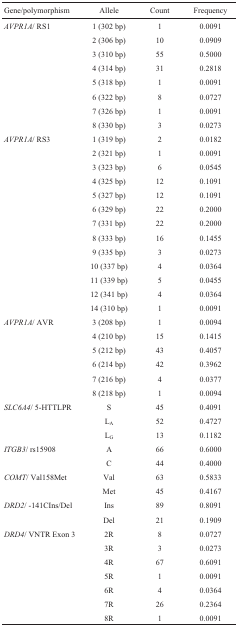
<table><thead><tr><td><b>Gene/polymorphism</b></td><td><b>Allele</b></td><td><b>Count</b></td><td><b>Frequency</b></td></tr></thead><tbody><tr><td><i>AVPR1A</i>/ RS1</td><td>1 (302 bp)</td><td>1</td><td>0.0091</td></tr><tr><td></td><td>2 (306 bp)</td><td>10</td><td>0.0909</td></tr><tr><td></td><td>3 (310 bp)</td><td>55</td><td>0.5000</td></tr><tr><td></td><td>4 (314 bp)</td><td>31</td><td>0.2818</td></tr><tr><td></td><td>5 (318 bp)</td><td>1</td><td>0.0091</td></tr><tr><td></td><td>6 (322 bp)</td><td>8</td><td>0.0727</td></tr><tr><td></td><td>7 (326 bp)</td><td>1</td><td>0.0091</td></tr><tr><td></td><td>8 (330 bp)</td><td>3</td><td>0.0273</td></tr><tr><td><i>AVPR1A</i>/ RS3</td><td>1 (319 bp)</td><td>2</td><td>0.0182</td></tr><tr><td></td><td>2 (321 bp)</td><td>1</td><td>0.0091</td></tr><tr><td></td><td>3 (323 bp)</td><td>6</td><td>0.0545</td></tr><tr><td></td><td>4 (325 bp)</td><td>12</td><td>0.1091</td></tr><tr><td></td><td>5 (327 bp)</td><td>12</td><td>0.1091</td></tr><tr><td></td><td>6 (329 bp)</td><td>22</td><td>0.2000</td></tr><tr><td></td><td>7 (331 bp)</td><td>22</td><td>0.2000</td></tr><tr><td></td><td>8 (333 bp)</td><td>16</td><td>0.1455</td></tr><tr><td></td><td>9 (335 bp)</td><td>3</td><td>0.0273</td></tr><tr><td></td><td>10 (337 bp)</td><td>4</td><td>0.0364</td></tr><tr><td></td><td>11 (339 bp)</td><td>5</td><td>0.0455</td></tr><tr><td></td><td>12 (341 bp)</td><td>4</td><td>0.0364</td></tr><tr><td></td><td>14 (310 bp)</td><td>1</td><td>0.0091</td></tr><tr><td><i>AVPR1A</i>/ AVR</td><td>3 (208 bp)</td><td>1</td><td>0.0094</td></tr><tr><td></td><td>4 (210 bp)</td><td>15</td><td>0.1415</td></tr><tr><td></td><td>5 (212 bp)</td><td>43</td><td>0.4057</td></tr><tr><td></td><td>6 (214 bp)</td><td>42</td><td>0.3962</td></tr><tr><td></td><td>7 (216 bp)</td><td>4</td><td>0.0377</td></tr><tr><td></td><td>8 (218 bp)</td><td>1</td><td>0.0094</td></tr><tr><td><i>SLC6A4</i>/ 5-HTTLPR</td><td>S</td><td>45</td><td>0.4091</td></tr><tr><td></td><td>L<sub>A</sub></td><td>52</td><td>0.4727</td></tr><tr><td></td><td>L<sub>G</sub></td><td>13</td><td>0.1182</td></tr><tr><td><i>ITGB3</i>/ rs15908</td><td>A</td><td>66</td><td>0.6000</td></tr><tr><td></td><td>C</td><td>44</td><td>0.4000</td></tr><tr><td><i>COMT</i>/ Val158Met</td><td>Val</td><td>63</td><td>0.5833</td></tr><tr><td></td><td>Met</td><td>45</td><td>0.4167</td></tr><tr><td><i>DRD2</i>/ −141CIns/Del</td><td>Ins</td><td>89</td><td>0.8091</td></tr><tr><td></td><td>Del</td><td>21</td><td>0.1909</td></tr><tr><td><i>DRD4</i>/ VNTR Exon 3</td><td>2R</td><td>8</td><td>0.0727</td></tr><tr><td></td><td>3R</td><td>3</td><td>0.0273</td></tr><tr><td></td><td>4R</td><td>67</td><td>0.6091</td></tr><tr><td></td><td>5R</td><td>1</td><td>0.0091</td></tr><tr><td></td><td>6R</td><td>4</td><td>0.0364</td></tr><tr><td></td><td>7R</td><td>26</td><td>0.2364</td></tr><tr><td></td><td>8R</td><td>1</td><td>0.0091</td></tr></tbody></table>